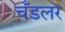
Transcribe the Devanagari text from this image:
चँडलर